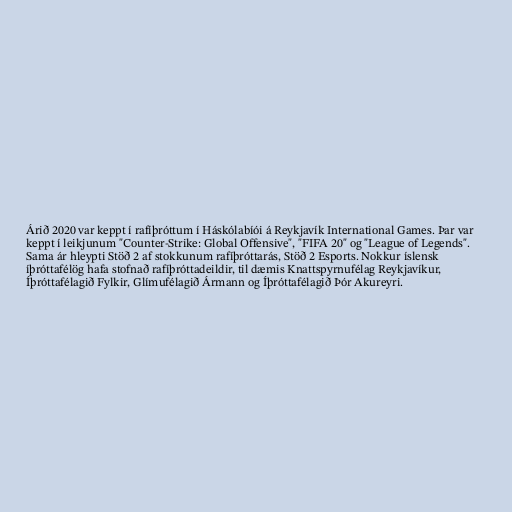
Árið 2020 var keppt í rafíþróttum í Háskólabíói á Reykjavík International Games. Þar var
keppt í leikjunum "Counter-Strike: Global Offensive", "FIFA 20" og "League of Legends".
Sama ár hleypti Stöð 2 af stokkunum rafíþróttarás, Stöð 2 Esports. Nokkur íslensk
íþróttafélög hafa stofnað rafíþróttadeildir, til dæmis Knattspyrnufélag Reykjavíkur,
Íþróttafélagið Fylkir, Glímufélagið Ármann og Íþróttafélagið Þór Akureyri.